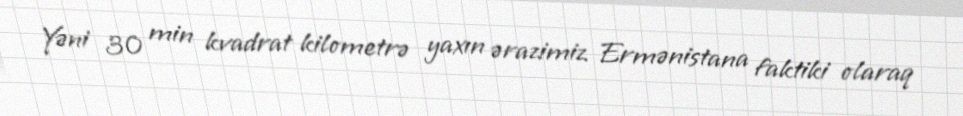
Yəni 30 min kvadrat kilometrə yaxın ərazimiz Ermənistana faktiki olaraq